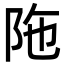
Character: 陁